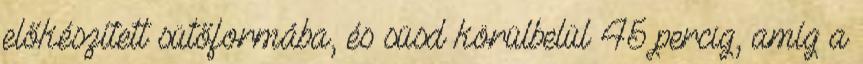
előkészített sütőformába, és süsd körülbelül 45 percig, amíg a